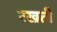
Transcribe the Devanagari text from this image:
रख्रती